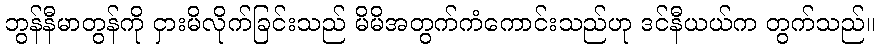
ဘွန်နီမာတွန်ကို ငှားမိလိုက်ခြင်းသည် မိမိအတွက်ကံကောင်းသည်ဟု ဒင်နီယယ်က တွက်သည်။